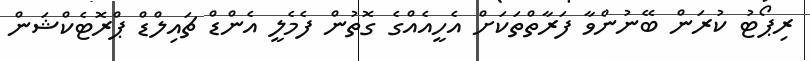
ރިޕޯޓު ކުރަން ބޭނުންވާ ފަރާތްތަކަށް އެހީއެއްގެ ގޮތުން ފެމެލީ އެންޑް ޗައިލްޑް ޕްރޮޓެކްޝަން